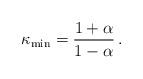
LaTeX: \begin{align*} \kappa_{\min}=\frac{1+\alpha}{1-\alpha}\,. \end{align*}